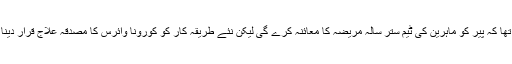
ڈاکٹر سومسک کا کہنا تھا کہ پیر کو ماہرین کی ٹیم ستر سالہ مریضہ کا معائنہ کرے گی لیکن نئے طریقہ کار کو کورونا وائرس کا مصدقہ علاج قرار دینا ابھی قبل از وقت ہو گا۔